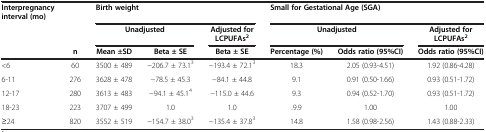
<table><thead><tr><td><b>Interpregnancy interval (mo)</b></td><td><b> </b></td><td colspan="3"><b>Birth weight</b></td><td colspan="3"><b>Small for Gestational Age (SGA)</b></td></tr><tr><td><b> </b></td><td><b> </b></td><td colspan="2"><b>Unadjusted</b></td><td><b>Adjusted for LCPUFAs<sup>2</sup></b></td><td colspan="2"><b>Unadjusted</b></td><td><b>Adjusted for LCPUFAs<sup>2</sup></b></td></tr><tr><td><b> </b></td><td><b>n</b></td><td><b>Mean ±SD</b></td><td><b>Beta ± SE</b></td><td><b>Beta ± SE</b></td><td><b>Percentage (%)</b></td><td><b>Odds ratio (95%CI)</b></td><td><b>Odds ratio (95%CI)</b></td></tr></thead><tbody><tr><td>&lt;6</td><td>60</td><td>3500 ± 489</td><td>−206.7 ± 73.1<sup>3</sup></td><td>−193.4 ± 72.1<sup>3</sup></td><td>18.3</td><td>2.05 (0.93-4.51)</td><td>1.92 (0.86-4.28)</td></tr><tr><td>6-11</td><td>276</td><td>3628 ± 478</td><td>−78.5 ± 45.3</td><td>−84.1 ± 44.8</td><td>9.1</td><td>0.91 (0.50-1.66)</td><td>0.93 (0.51-1.72)</td></tr><tr><td>12-17</td><td>280</td><td>3613 ± 483</td><td>−94.1 ± 45.1<sup>4</sup></td><td>−115.0 ± 44.6</td><td>9.3</td><td>0.94 (0.52-1.70)</td><td>0.93 (0.51-1.72)</td></tr><tr><td>18-23</td><td>223</td><td>3707 ± 499</td><td>1.0</td><td>1.0</td><td>.9.9</td><td>1.00</td><td>1.00</td></tr><tr><td>≥24</td><td>820</td><td>3552 ± 519</td><td>−154.7 ± 38.0<sup>3</sup></td><td>−135.4 ± 37.8<sup>3</sup></td><td>14.8</td><td>1.58 (0.98-2.56)</td><td>1.43 (0.88-2.33)</td></tr></tbody></table>